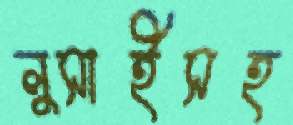
লুসাইসহ